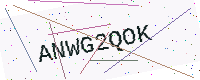
Text: ANWG2QOK